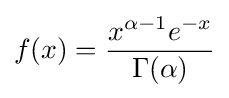
f(x)={\frac {x^{\alpha -1}e^{-x}}{\Gamma (\alpha )}}